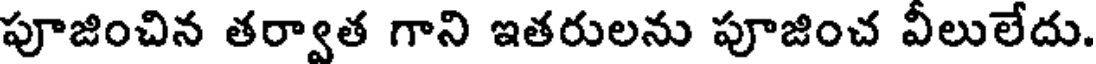
పూజించిన తర్వాత గాని ఇతరులను పూజించ వీలులేదు.